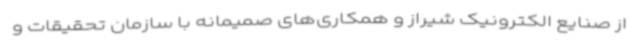
از صنایع الکترونیک شیراز و همکاری‌های صمیمانه با سازمان تحقیقات و